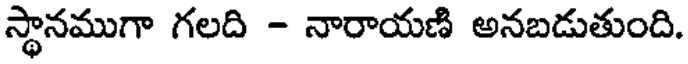
స్థానముగా గలది - నారాయణి అనబడుతుంది.